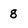
Character: 8